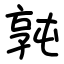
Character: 㝄